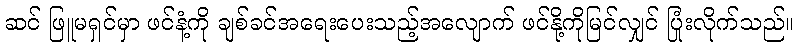
ဆင် ဖြူမရှင်မှာ ဖင်နံ့ကို ချစ်ခင်အရေးပေးသည့်အလျောက် ဖင်နို့ကိုမြင်လျှင် ပြုံးလိုက်သည်။